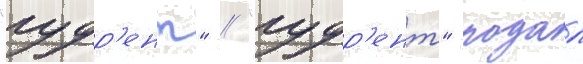
"гудр'ент" // "гудр'ент" подал